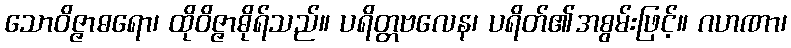
သောဝိဇ္ဇာဓရော၊ ထိုဝိဇ္ဇာဓိုရ်သည်။ ပရိတ္တဗလေန၊ ပရိတ်၏အစွမ်းဖြင့်။ ဂဟဏာ၊